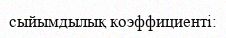
сыйымдылық коэффициенті: